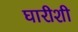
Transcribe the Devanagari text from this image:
घारीशी